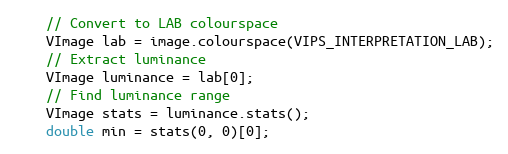
Language: C++
    // Convert to LAB colourspace
    VImage lab = image.colourspace(VIPS_INTERPRETATION_LAB);
    // Extract luminance
    VImage luminance = lab[0];
    // Find luminance range
    VImage stats = luminance.stats();
    double min = stats(0, 0)[0];